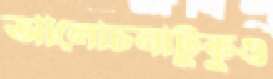
আলোচনাটুকুও